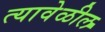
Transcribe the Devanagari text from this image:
त्यावेळील